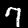
Label: 7